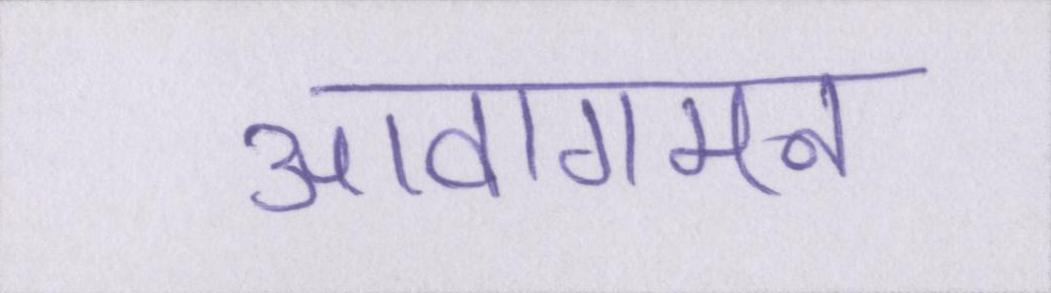
आवागमन